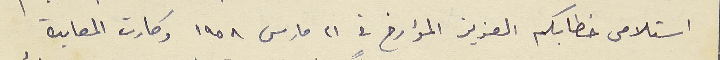
استلامى خطابكم العزيز المؤارخ في ٢١ مارس ١٩٥٨ وكارت المعايدة